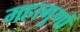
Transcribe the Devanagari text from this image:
महागुणों